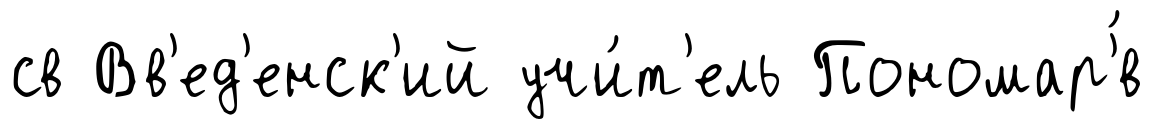
св Вв'ед'енск'ий учи́т'ель Пономар'́в